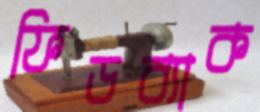
ফিডব্যাক